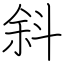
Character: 斜